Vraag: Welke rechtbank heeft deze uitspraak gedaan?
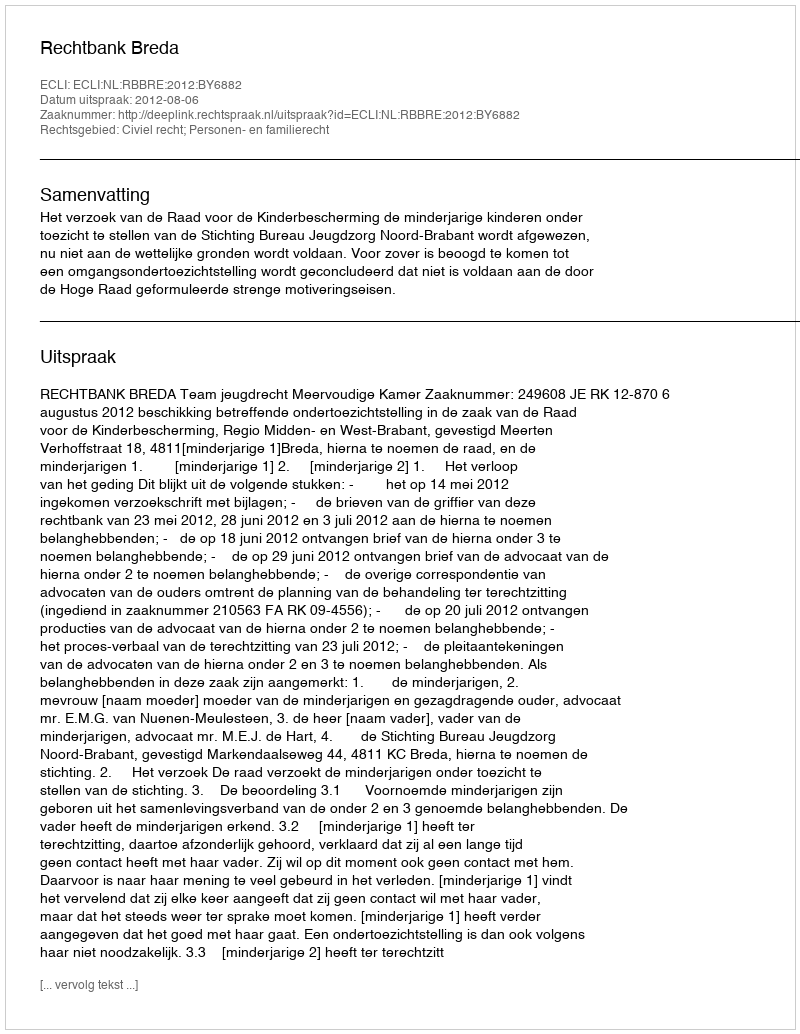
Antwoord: Rechtbank Breda